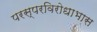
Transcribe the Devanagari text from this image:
परस्परविरोधाभास